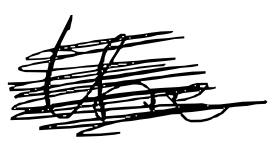
Text: the
Cross-out: scratch
Writing tool: digital_black